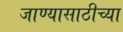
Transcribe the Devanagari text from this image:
जाण्यासाठीच्या